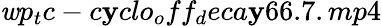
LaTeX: \mathit{w}p_{t}c-c\mathbf{y}clo_{o}ff_{d}eca\mathbf{y}66.7.mp4